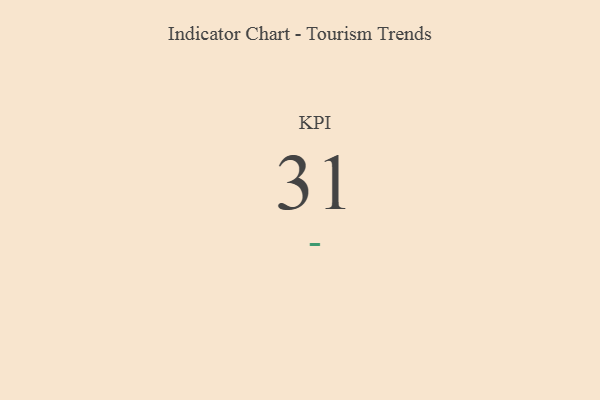
{"axis": {"x": "KPI", "y": "Value"}, "legend": [""], "data": [{"x": "KPI", "y": 31, "type": ""}]}